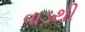
વાડથી